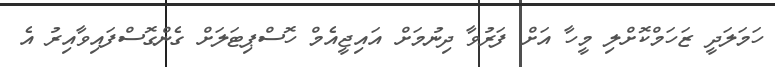
ހަމަލަދީ ޒަހަމްކޮށްލި މީހާ އަށް ފަރުވާ ދިނުމަށް އައިޖީއެމް ހޮސްޕިޓަލަށް ގެންގޮސްފައިވާއިރު އެ